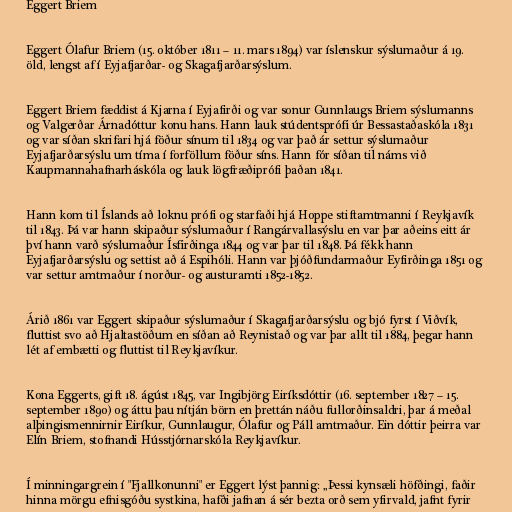
Eggert Briem

Eggert Ólafur Briem (15. október 1811 – 11. mars 1894) var íslenskur sýslumaður á 19.
öld, lengst af í Eyjafjarðar- og Skagafjarðarsýslum.

Eggert Briem fæddist á Kjarna í Eyjafirði og var sonur Gunnlaugs Briem sýslumanns
og Valgerðar Árnadóttur konu hans. Hann lauk stúdentsprófi úr Bessastaðaskóla 1831
og var síðan skrifari hjá föður sínum til 1834 og var það ár settur sýslumaður
Eyjafjarðarsýslu um tíma í forföllum föður síns. Hann fór síðan til náms við
Kaupmannahafnarháskóla og lauk lögfræðiprófi þaðan 1841.

Hann kom til Íslands að loknu prófi og starfaði hjá Hoppe stiftamtmanni í Reykjavík
til 1843. Þá var hann skipaður sýslumaður í Rangárvallasýslu en var þar aðeins eitt ár
því hann varð sýslumaður Ísfirðinga 1844 og var þar til 1848. Þá fékk hann
Eyjafjarðarsýslu og settist að á Espihóli. Hann var þjóðfundarmaður Eyfirðinga 1851 og
var settur amtmaður í norður- og austuramti 1852-1852.

Árið 1861 var Eggert skipaður sýslumaður í Skagafjarðarsýslu og bjó fyrst í Viðvík,
fluttist svo að Hjaltastöðum en síðan að Reynistað og var þar allt til 1884, þegar hann
lét af embætti og fluttist til Reykjavíkur.

Kona Eggerts, gift 18. ágúst 1845, var Ingibjörg Eiríksdóttir (16. september 1827 – 15.
september 1890) og áttu þau nítján börn en þrettán náðu fullorðinsaldri, þar á meðal
alþingismennirnir Eiríkur, Gunnlaugur, Ólafur og Páll amtmaður. Ein dóttir þeirra var
Elín Briem, stofnandi Hússtjórnarskóla Reykjavíkur.

Í minningargrein í "Fjallkonunni" er Eggert lýst þannig: „Þessi kynsæli höfðingi, faðir
hinna mörgu efnisgóðu systkina, hafði jafnan á sér bezta orð sem yfirvald, jafnt fyrir